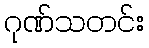
ဂုဏ်သတင်း